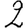
Digit: 2